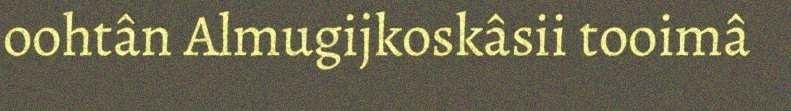
oohtân Almugijkoskâsii tooimâ